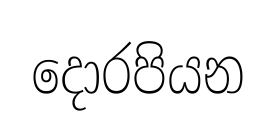
දොරපියන